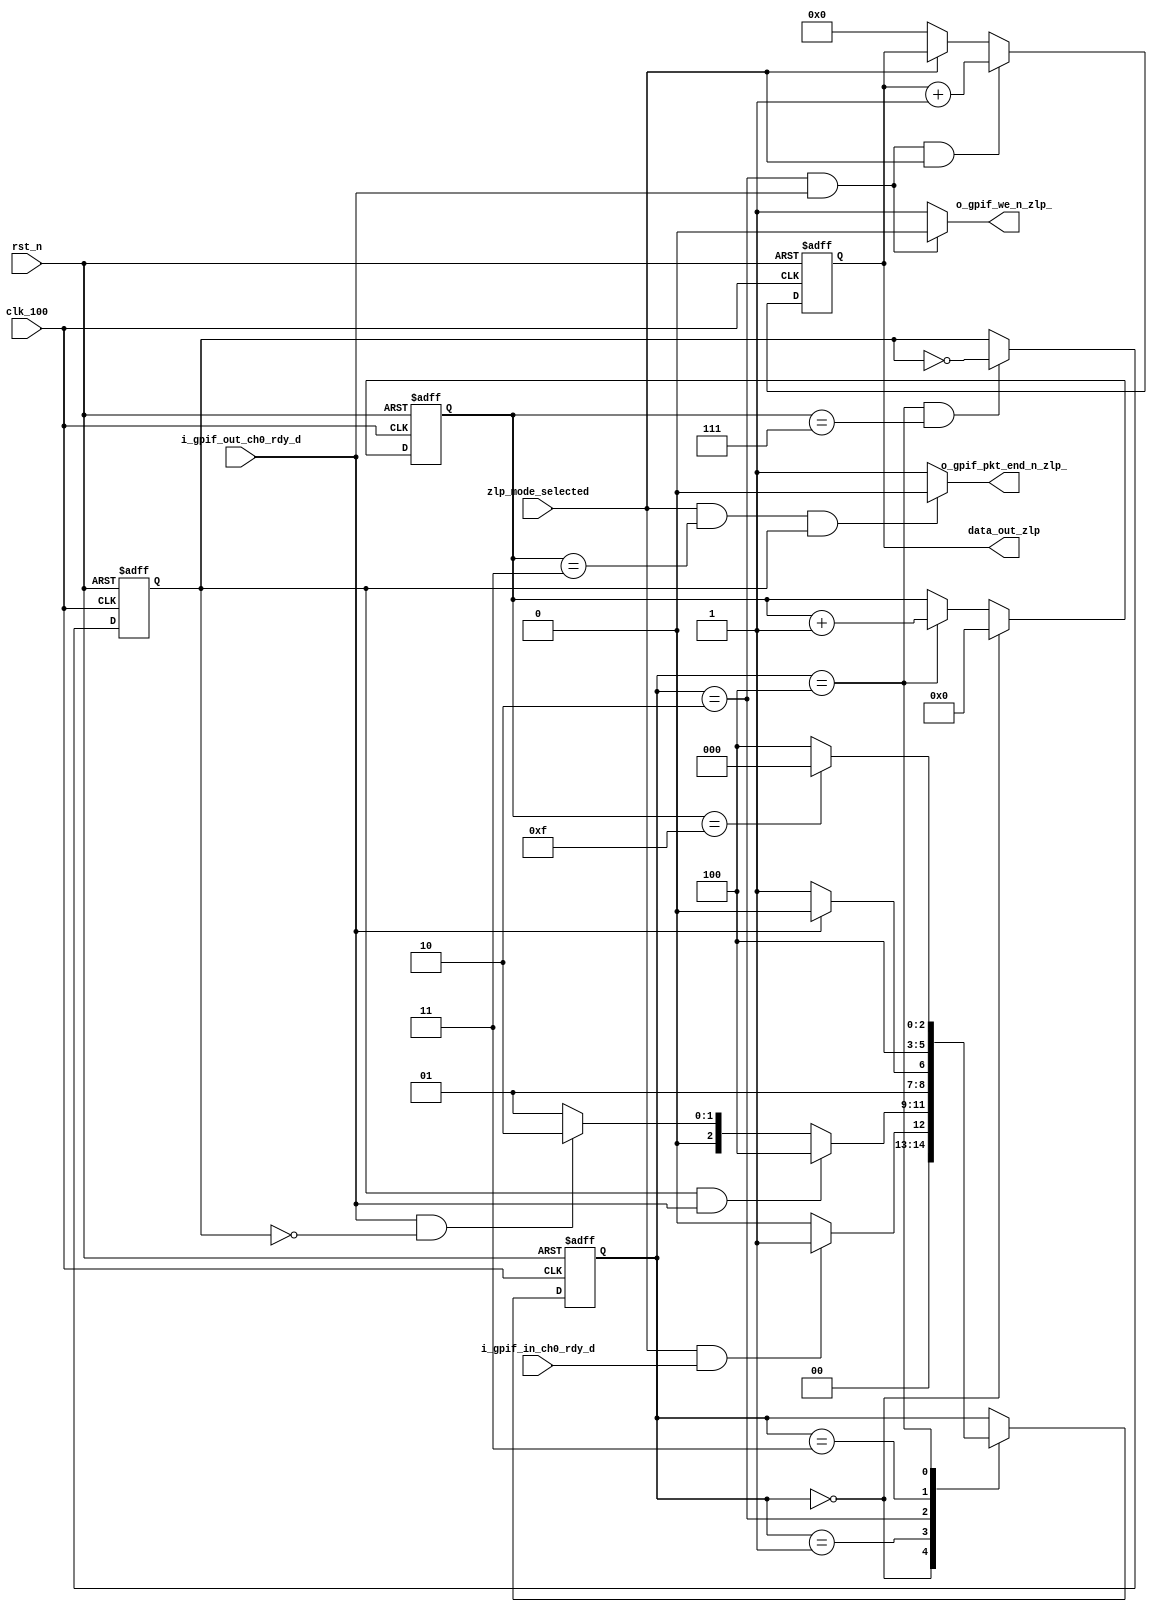
module prometheus_fx3_ZLP(
	input  rst_n,
  input  clk_100,
  input  zlp_mode_selected,
  input  i_gpif_in_ch0_rdy_d,
  input  i_gpif_out_ch0_rdy_d,
  output o_gpif_we_n_zlp_,
	output o_gpif_pkt_end_n_zlp_,
  output [31:0] data_out_zlp
);

reg [2:0]current_zlp_state;
reg [2:0]next_zlp_state;

//parameters for ZLP mode state machine
parameter [2:0] zlp_idle                          = 3'd0;
parameter [2:0] zlp_wait_flagb              	  = 3'd1;
parameter [2:0] zlp_write                   	  = 3'd2;
parameter [2:0] zlp_write_wr_delay          	  = 3'd3;
parameter [2:0] zlp_wait		          = 3'd4;

reg [3:0]strob_cnt;
reg      strob;
reg [31:0]data_gen_zlp;
reg      o_gpif_pkt_end_n_;


assign o_gpif_we_n_zlp_ = ((current_zlp_state == zlp_write) && (i_gpif_out_ch0_rdy_d == 1'b1)) ? 1'b0 : 1'b1;


//counter to generate the strob for ZLP data pkts
always @(posedge clk_100, negedge rst_n)begin
	if(!rst_n)begin
		strob_cnt <= 4'd0;
	end else if(current_zlp_state == zlp_idle)begin
		strob_cnt <= 4'd0;
	end else if(current_zlp_state == zlp_wait)begin
		strob_cnt <= strob_cnt + 1'b1;
	end
end

//Strob logic
always@(posedge clk_100, negedge rst_n)begin
	if(!rst_n)begin
		strob <= 1'b0;
	end else if((current_zlp_state == zlp_wait) && (strob_cnt == 4'b0111)) begin
		strob <= !strob;
	end
end

always@(*)begin
	if(zlp_mode_selected & (strob_cnt == 4'b0011) & (strob == 1'b1))begin
		o_gpif_pkt_end_n_ = 1'b0;
	end else begin
		o_gpif_pkt_end_n_ = 1'b1;
	end
end

assign o_gpif_pkt_end_n_zlp_ = o_gpif_pkt_end_n_;


//ZLP mode state machine
always @(posedge clk_100, negedge rst_n)begin
	if(!rst_n)begin
		current_zlp_state <= zlp_idle;
	end else begin
		current_zlp_state <= next_zlp_state;
	end
end

//ZLP mode state machine combo
always@(*)begin
	next_zlp_state = current_zlp_state;
	case(current_zlp_state)
	zlp_idle:begin
		if((zlp_mode_selected) & (i_gpif_in_ch0_rdy_d == 1'b1))begin
			next_zlp_state = zlp_wait_flagb;
		end else begin
			next_zlp_state = zlp_idle;
		end
	end
	zlp_wait_flagb :begin
		if((strob == 1'b1) & (i_gpif_out_ch0_rdy_d == 1'b1))begin
			next_zlp_state = zlp_wait;
		end else if ((i_gpif_out_ch0_rdy_d == 1'b1) && (strob == 1'b0))begin
			next_zlp_state = zlp_write;
		end else begin
			next_zlp_state = zlp_wait_flagb;
		end
	end
	zlp_write:begin
		if(i_gpif_out_ch0_rdy_d == 1'b0)begin
			next_zlp_state = zlp_write_wr_delay;
		end else begin
		 	next_zlp_state = zlp_write;
		end
	end
        zlp_write_wr_delay:begin
		next_zlp_state = zlp_wait;
	end
	zlp_wait:begin
		if(strob_cnt == 4'b1111)begin
			next_zlp_state = zlp_idle;
		end else begin
			next_zlp_state = zlp_wait;
		end
	end
	endcase
end

//data generator counter for zlp mode
always @(posedge clk_100, negedge rst_n)begin
	if(!rst_n)begin
		data_gen_zlp <= 32'd0;
	end else if((o_gpif_we_n_zlp_ == 1'b0) & (zlp_mode_selected)) begin
		data_gen_zlp <= data_gen_zlp + 1;
	end else if (!zlp_mode_selected) begin
		data_gen_zlp <= 32'd0;
	end
end

assign data_out_zlp = data_gen_zlp;

endmodule